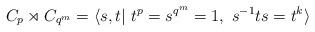
LaTeX: \begin{align*}C_{p}\rtimes C_{q^{m}}=\langle s,t|\ t^{p}=s^{q^{m}}=1,\ s^{-1}ts=t^{k}\rangle\end{align*}